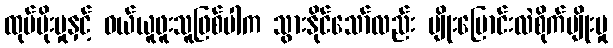
ထုပ်ပိုးမှုနှင့် ဝယ်ယူဖူးသူဖြစ်ပါက သွားနိုင်သော်လည်း မျိုးပြောင်းလဲစိုက်ပျိုးမှု